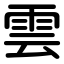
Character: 雲